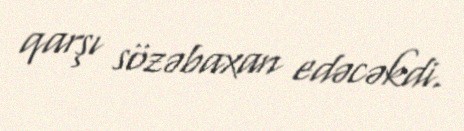
qarşı sözəbaxan edəcəkdi.